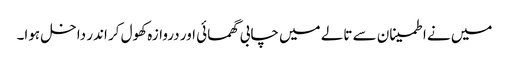
میں نے اطمینان سے تالے میں چابی گھمائی اور دروازہ کھول کر اندر داخل ہوا۔